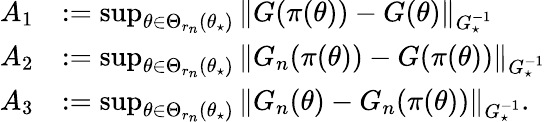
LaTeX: \begin{array}{rl}{A_{1}}&{:=\operatorname*{sup}_{\theta\in\Theta_{r_{n}}(\theta_{\star})}\left\lVert G(\pi(\theta))-G(\theta)\right\rVert_{G_{\star}^{-1}}}\\ {A_{2}}&{:=\operatorname*{sup}_{\theta\in\Theta_{r_{n}}(\theta_{\star})}\left\lVert G_{n}(\pi(\theta))-G(\pi(\theta))\right\rVert_{G_{\star}^{-1}}}\\ {A_{3}}&{:=\operatorname*{sup}_{\theta\in\Theta_{r_{n}}(\theta_{\star})}\left\lVert G_{n}(\theta)-G_{n}(\pi(\theta))\right\rVert_{G_{\star}^{-1}}.}\end{array}